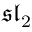
{ \mathfrak { s l } } _ { 2 }